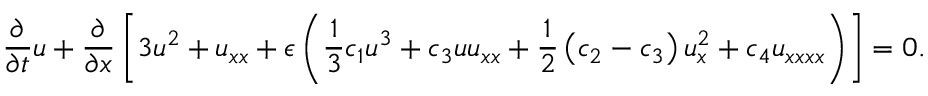
\frac { \partial } { \partial t } u + \frac { \partial } { \partial x } \left[ 3 u ^ { 2 } + u _ { x x } + \epsilon \left( \frac { 1 } { 3 } c _ { 1 } u ^ { 3 } + c _ { 3 } u u _ { x x } + \frac { 1 } { 2 } \left( c _ { 2 } - c _ { 3 } \right) u _ { x } ^ { 2 } + c _ { 4 } u _ { x x x x } \right) \right] = 0 .